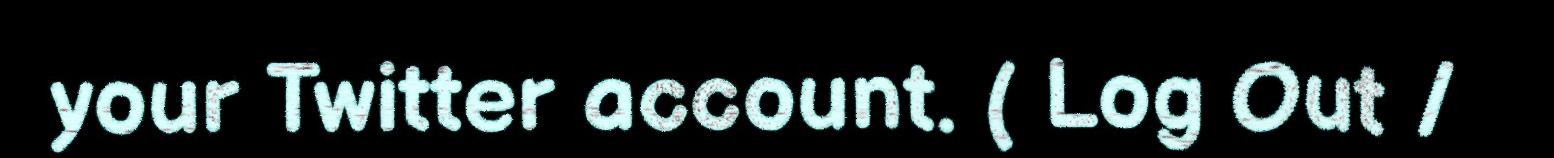
your Twitter account. ( Log Out /